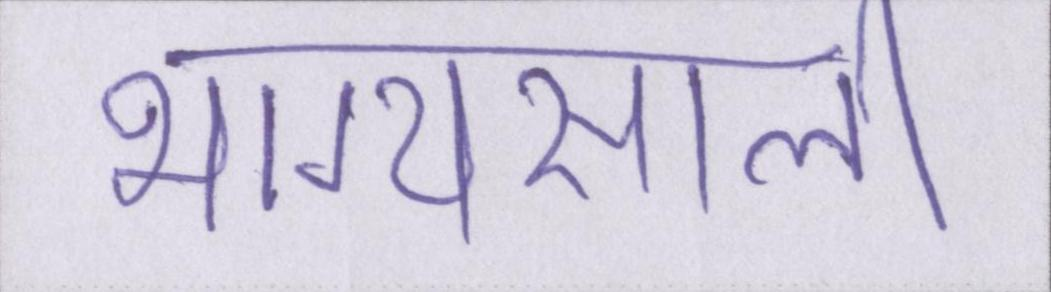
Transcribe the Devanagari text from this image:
भाग्यसाली